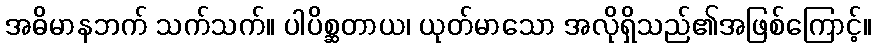
အဓိမာနဘက် သက်သက်။ ပါပိစ္ဆတာယ၊ ယုတ်မာသော အလိုရှိသည်၏အဖြစ်ကြောင့်။